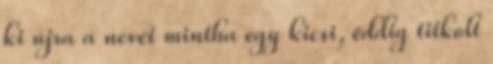
ki újra a nevét mintha egy kicsi, eddig titkolt